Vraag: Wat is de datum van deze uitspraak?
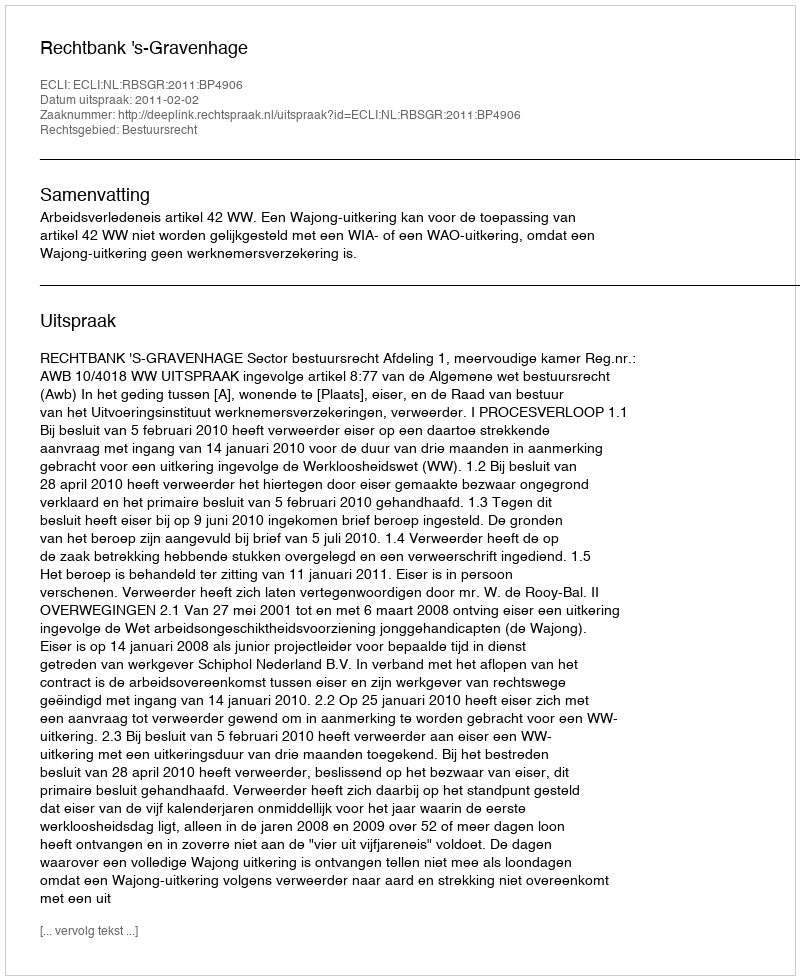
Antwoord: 2011-02-02